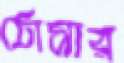
ঠোসার